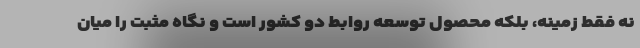
نه فقط زمینه، بلکه محصول توسعه روابط دو کشور است و نگاه مثبت را میان